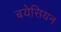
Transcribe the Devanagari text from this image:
बयेसियन